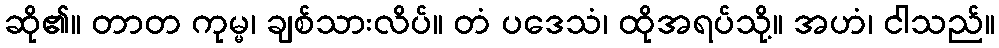
ဆို၏။ တာတ ကုမ္မ၊ ချစ်သားလိပ်။ တံ ပဒေသံ၊ ထိုအရပ်သို့။ အဟံ၊ ငါသည်။